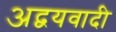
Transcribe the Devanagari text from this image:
अद्वयवादी